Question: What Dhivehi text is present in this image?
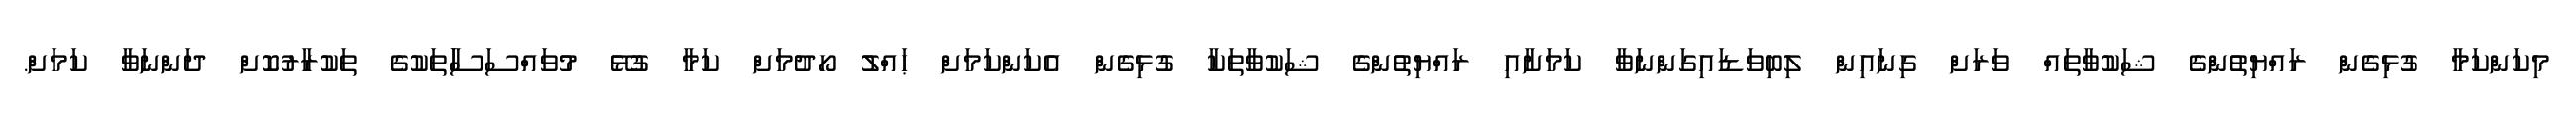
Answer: މިކަންކަމާ ގުޅިގެން ރައްޔިތުންގެ ޝަކުވާތައް ވަރަށް ގިނައިން ލިބިވަޑައިގަންނަވާ ކަމަށާއި ރައްޔިތުންގެ ޝަކުވާތަކާ ގުޅިގެން އެކަންކަމަށް ޙައްލު ހޯދުމަށް ކަމާ ގުޅޭ މުވައްސަސާަތަކުގެ ތަކުރާރުކޮށް ދަންނަވާ ކަމަށް.